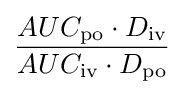
{\frac {AUC_{\text{po}}\cdot D_{\text{iv}}}{AUC_{\text{iv}}\cdot D_{\text{po}}}}